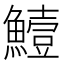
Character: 𩻭